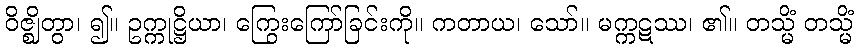
ဝိဇ္ဈိတွာ၊ ၍။ ဥက္ကုဋ္ဌိယာ၊ ကြွေးကြော်ခြင်းကို။ ကတာယ၊ သော်။ မက္ကဋဿ၊ ၏။ တသ္မိံ တသ္မိံ